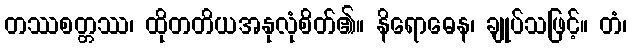
တဿစတ္တဿ၊ ထိုတတိယအနုလုံစိတ်၏။ နိရောဓေန၊ ချုပ်သဖြင့်။ တံ၊